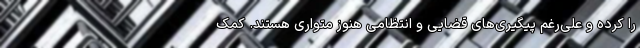
را کرده و علی‌رغم پیگیری‌های قضایی و انتظامی هنوز متواری هستند. کمک